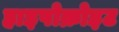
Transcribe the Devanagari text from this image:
हाइपोक्रोइट